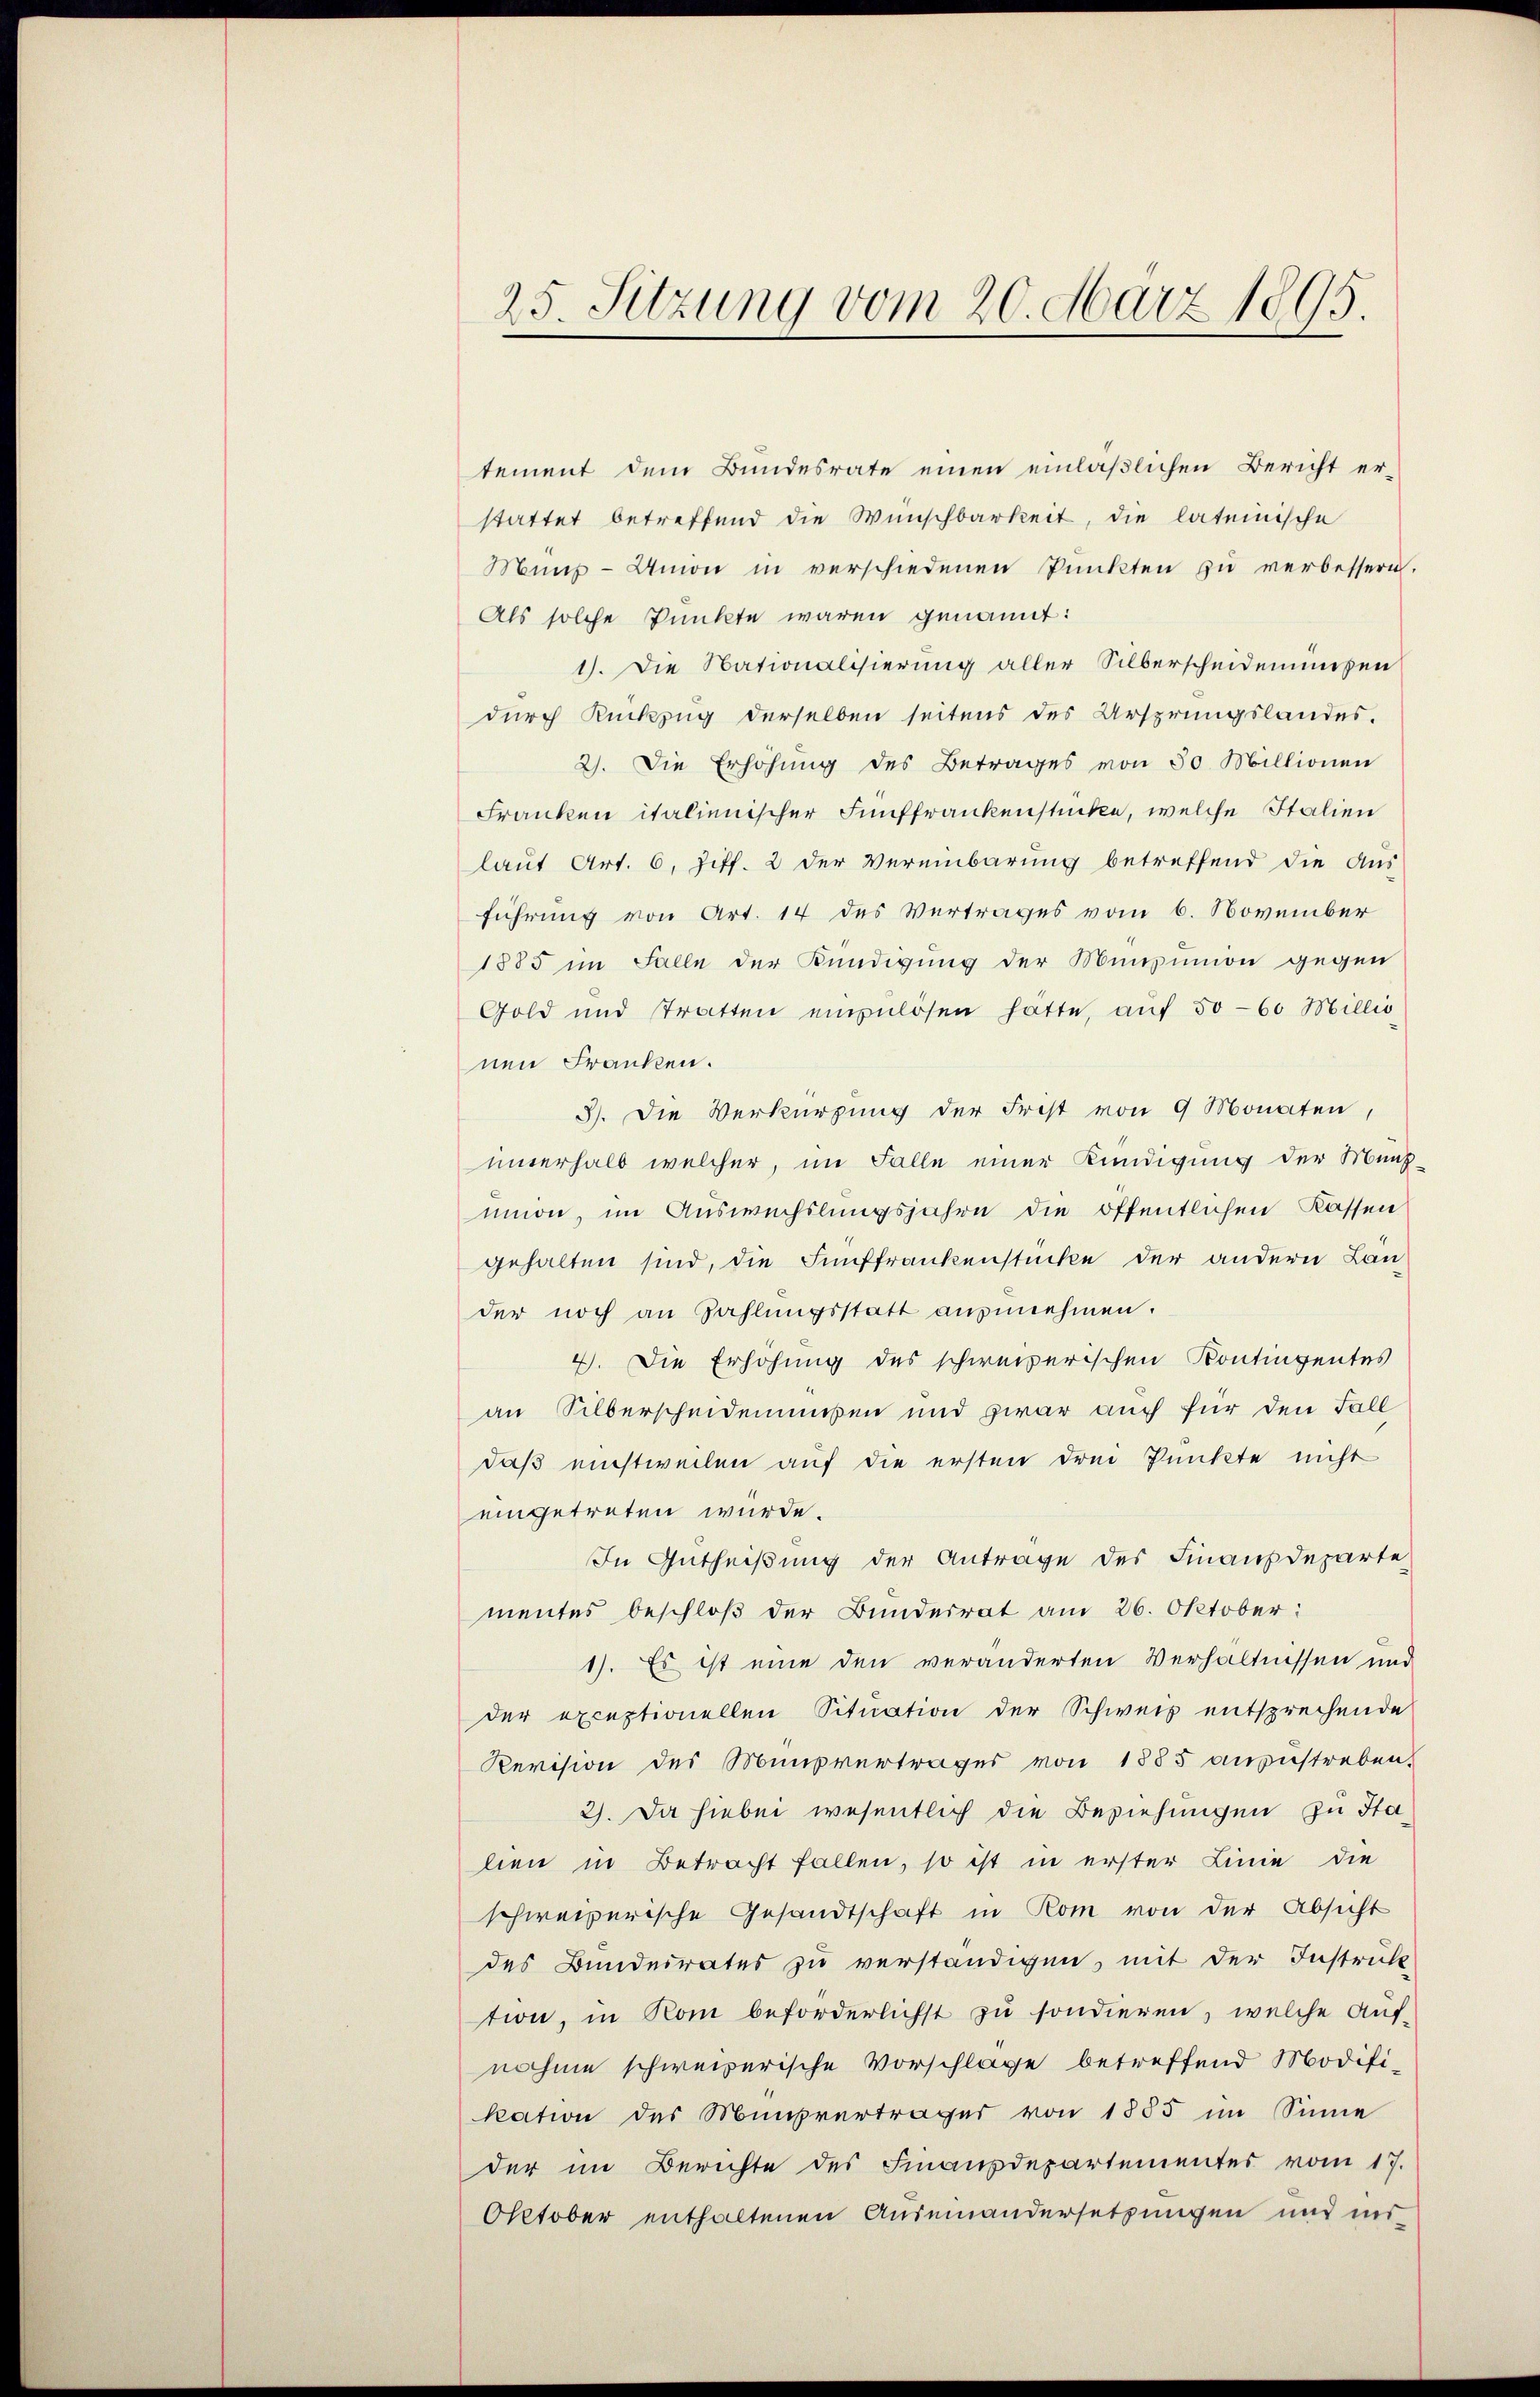
25. Sitzung vom 20. März 1895.

tement dem Bundesrate einen einläßlichen Bericht erstattet betreffend die Wünschbarkeit, die lateinische
Münz-Union in verschiedenen Pŭnkten zŭ verbessern.
Als solche Punkte waren genannt:
1). Die Nationalisierung aller Silberscheidenmosen
durch Rückzug derselben seitens des Ursprungslandes.
2). Die Erhöhung des Betrages von 30 Millionen
Franken italienischer Fünffrankenstücke, welche Italien
laut Art. 6, Ziff. 2 der Vereinbarung betreffend die Aus-
führung von Art. 14 des Vertrages vom 6. November
1885 im Falle der Kündigung der Munzion gegen
Gold und Tratten einzulösen hatte, aŭf 50-60 Millis
nen Franken.
3). Die Verkürzung der Frist von 9 Monaten,
unterhalb welcher, im Falle einer Kündigung der Münz-
nion, im Auswechslungsjahre die öffentlichen Kassen
gehalten sind, die Fünffrankenstücke der andern Lander noch an Zahlŭngsstatt anzunehmen.
4). Die Erhöhung des schweizerischen Kontingentes
an Silberscheidenmußen und zwar auch für den Fall
daß einstweilen auf die ersten drei Punkte nicht
eingetreten würde.
In Gutheißung der Antrage des Finanzdeparte
mentes beschloß der Bunderrat am 26. Oktober:
1). Es ist eine den veränderten Verhältnissen und
der exceptionellen Situation der Schweiz entsprechende
Revision des Minsvertrages von 1885 anzustreben.
2). Da hiebei wesentlich die Beziehungen zu Stalien in Betracht fallen, so ist in erster Linie die
schweizerische Gesandtschaft in Rom von der Absicht
des Bundesrates zu verständigen, mit der Instrukt
tion, in Rom beförderlichst zu sondieren, welche Auf-
nahme schweizerische Vorschlage betreffend Modifikation des Münsvertrages von 1885 im Sinne
der im Berichte des Finanzdepartementes vom 17.
Oktober enthaltenen Auseinandersetzungen und ins